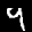
Label: 9